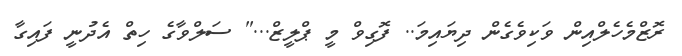
ރޮޒްމެހެލްއިން ވަކިވެގެން ދިޔައިމަ.. ފޮގިވް މީ ޕްލީޒް..." ސަލްވާގެ ހިތް އެދުނީ ފައިގާ